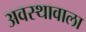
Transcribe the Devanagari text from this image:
अवस्थावाला